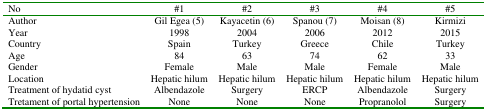
| No | #1 | #2 | #3 | #4 | #5 |
 | --- | --- | --- | --- | --- | --- |
 | Author | Gil Egea (5) | Kayacetin (6) | Spanou (7) | Moisan (8) | Kirmizi |
 | Year | 1998 | 2004 | 2006 | 2012 | 2015 |
 | Country | Spain | Turkey | Greece | Chile | Turkey |
 | Age | 84 | 63 | 74 | 62 | 33 |
 | Gender | Female | Male | Male | Female | Male |
 | Location | Hepatic hilum | Hepatic hilum | Hepatic hilum | Hepatic hilum | Hepatic hilum |
 | Treatment of hydatid cyst | Albendazole | Surgery | ERCP | Albendazole | Surgery |
 | Tretament of portal hypertension | None | None | None | Propranolol | Surgery |